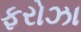
ફરોઝા